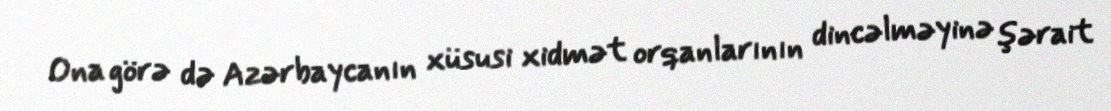
Ona görə də Azərbaycanın xüsusi xidmət orqanlarının dincəlməyinə şərait